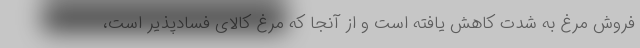
فروش مرغ به شدت کاهش یافته است و از آنجا که مرغ کالای فسادپذیر است،